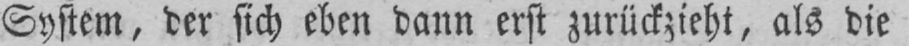
System, der sich eben dann erst zurückzieht, als die